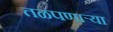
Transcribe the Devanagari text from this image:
तळपणार्‍या